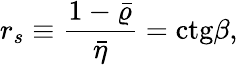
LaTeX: r_{s}\equiv{\frac{1-\bar{\varrho}}{\bar{\eta}}}=\mathrm{ctg}\beta,